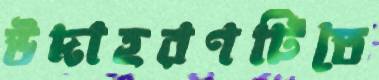
উদাহরণটিতে